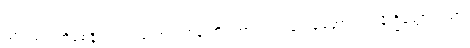
သာမဏေကိုစေခိုင်းတတ်သော ရဟန်းကို။ အာဘတံ၊ ရှေးရှုဆောင်၍။ နိက္ခိတ္တောယထာ၊